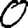
Digit: 0